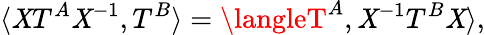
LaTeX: \langle{\cal\mathit{X}}T^{A}{\cal\mathit{X}}^{-1},T^{B}\rangle=\langleT^{A},{\cal\mathit{X}}^{-1}T^{B}{\cal\mathit{X}}\rangle,